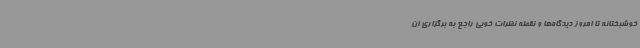
خوشبختانه تا امروز دیدگاه‌ها و نقطه نظرات خوبی راجع به برگزاری ان